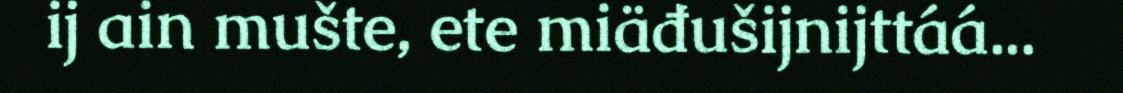
ij ain mušte, ete miäđušijnijttáá...